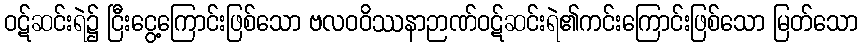
ဝဋ်ဆင်းရဲ၌ ငြီးငွေ့ကြောင်းဖြစ်သော ဗလဝဝိဿနာဉာဏ်ဝဋ်ဆင်းရဲ၏ကင်းကြောင်းဖြစ်သော မြတ်သော